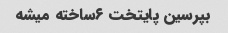
بپرسین پایتخت ۶ساخته میشه